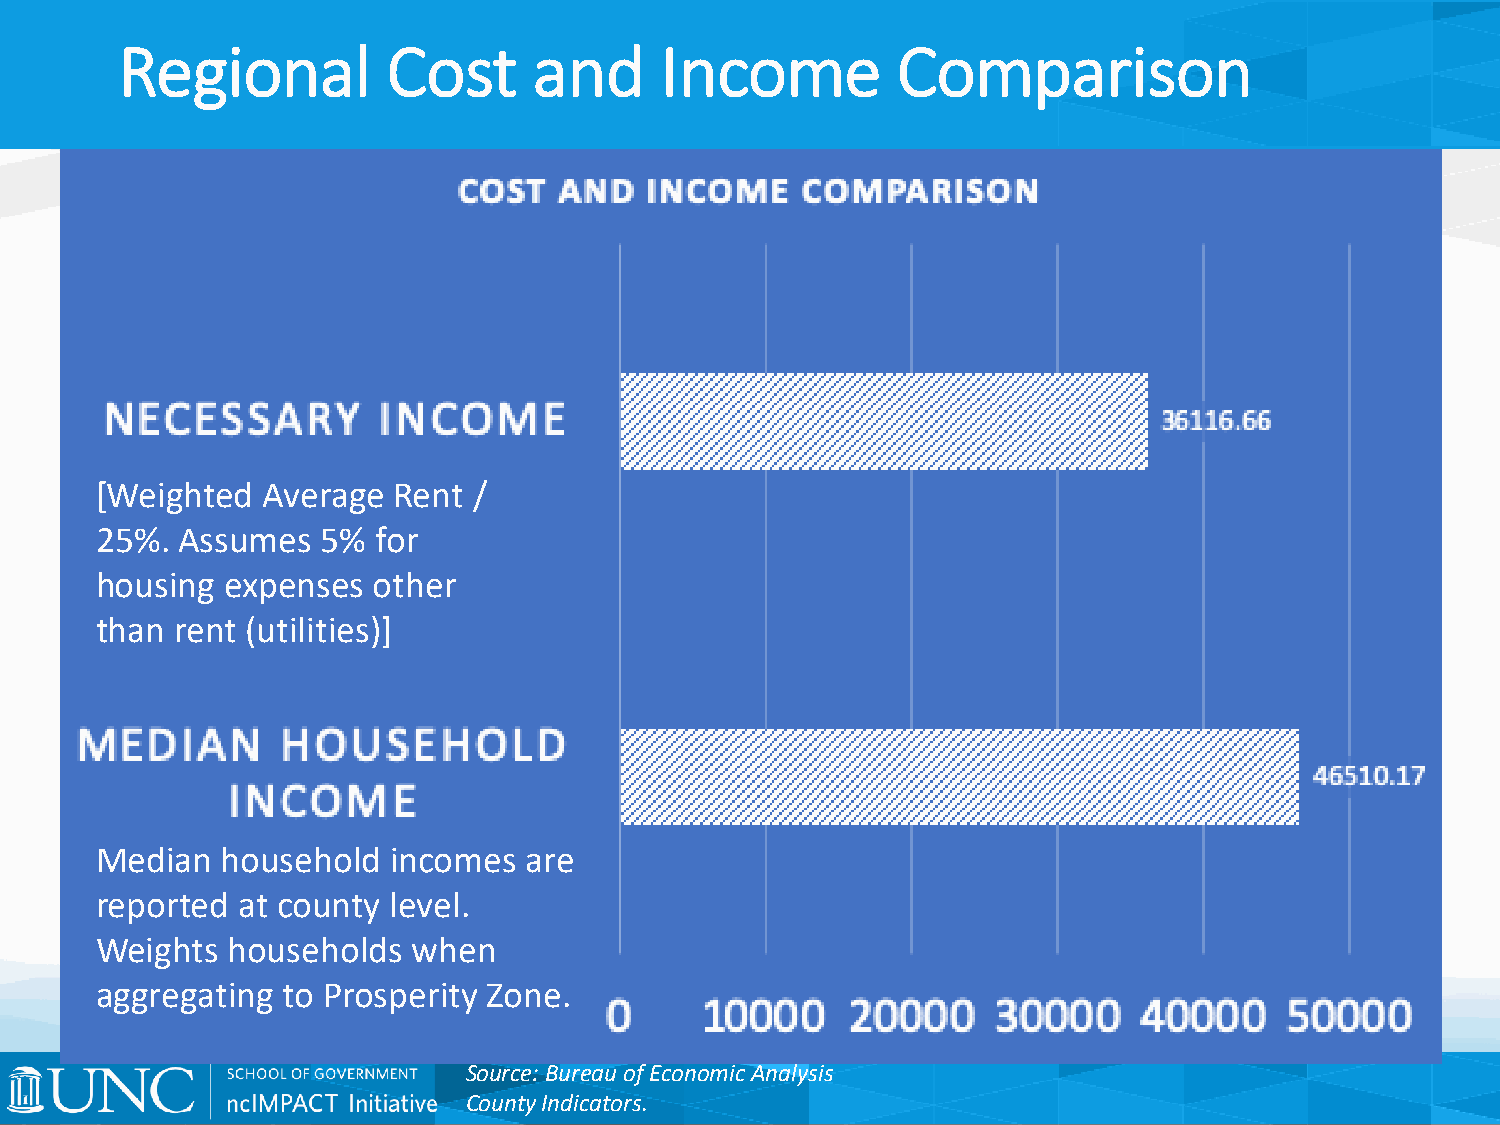
Regional          Cost     and      Income         Comparison
 [Weighted  Average  Rent /
 25%.  Assumes  5%  for
 housing  expenses  other
 than  rent (utilities)]
 Median   household  incomes  are
 reported  at county level.
 Weights  households  when
 aggregating  to Prosperity Zone.
 Source: Bureau of Economic Analysis
 County Indicators.